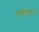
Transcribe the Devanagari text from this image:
मरकेटर